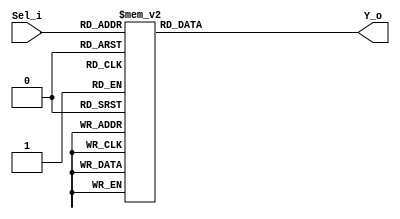
`timescale 1ns / 1ps
//////////////////////////////////////////////////////////////////////////////////
// Company: 
// 
// Design Name: 
// Module Name:    MUX8_1 
// Project Name: 
// Target Devices: 
// Tool versions: 
// Description: 
//
// Dependencies: 
//
// Revision: 
// Revision 0.01 - File Created
// Additional Comments: 
//
//////////////////////////////////////////////////////////////////////////////////
module MUX8_1(Sel_i,Y_o );
input wire[2:0]Sel_i;
output reg[7:0]Y_o;

   always @(Sel_i)
      case (Sel_i)
         3'b000: Y_o = 8'd165;
         3'b001: Y_o = 8'd99;
         3'b010: Y_o = 8'd66;
         3'b011: Y_o = 8'd49;
         3'b100: Y_o = 8'd39;
         3'b101: Y_o = 8'd32;
         3'b110: Y_o = 8'd28;
         3'b111: Y_o = 8'd24;
      endcase
		


endmodule